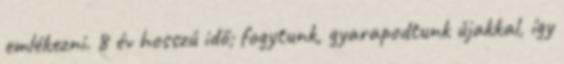
emlékezni. 8 év hosszú idő; fogytunk, gyarapodtunk újakkal, így